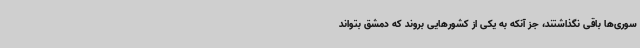
سوری‌ها باقی نگذاشتند، جز آنکه به یکی از کشورهایی بروند که دمشق بتواند